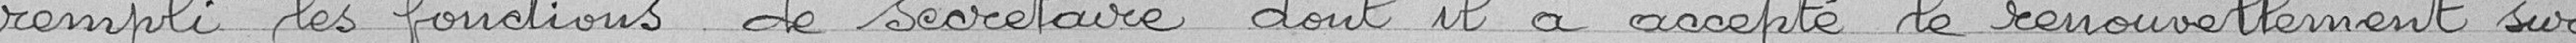
rempli les fonctions de secrétaire dont il à accepte le renouvellement sur